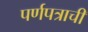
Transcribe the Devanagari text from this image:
पर्णपत्राची